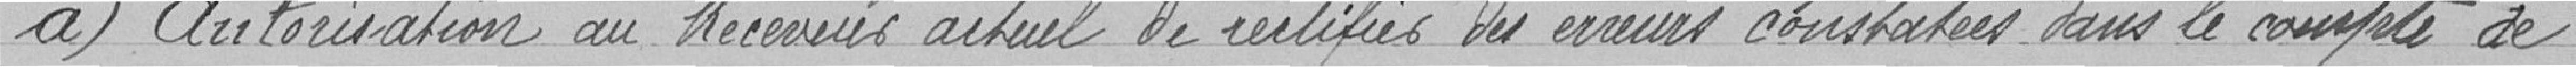
a) Autorisation au Receveur actuel  de rectifier les erreurs constatées dans le compte de